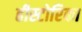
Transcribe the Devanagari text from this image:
हीस्टोरिका